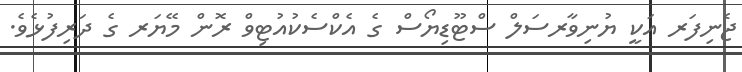
ޖެނިފަރ އަކީ ޔުނިވާރސަލް ސްޓޫޑިޔޯސް ގެ އެކްސެކުއުޓިވް ރޮން މޭޔަރ ގެ ދަރިފުޅެވެ.